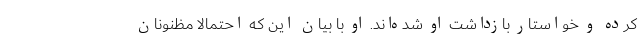
کرده و خواستار بازداشت او شده‌اند. او با بیان این که احتمالا مظنونان